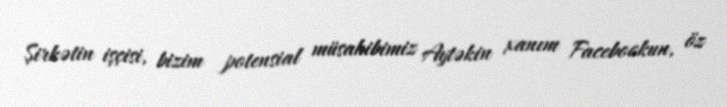
Şirkətin işçisi, bizim potensial müsahibimiz Aytəkin xanım Facebookun, öz